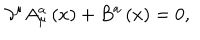
LaTeX: \partial ^ { \mu } A _ { \mu } ^ { a } \left( x \right) + B ^ { a } \left( x \right) = 0 ,